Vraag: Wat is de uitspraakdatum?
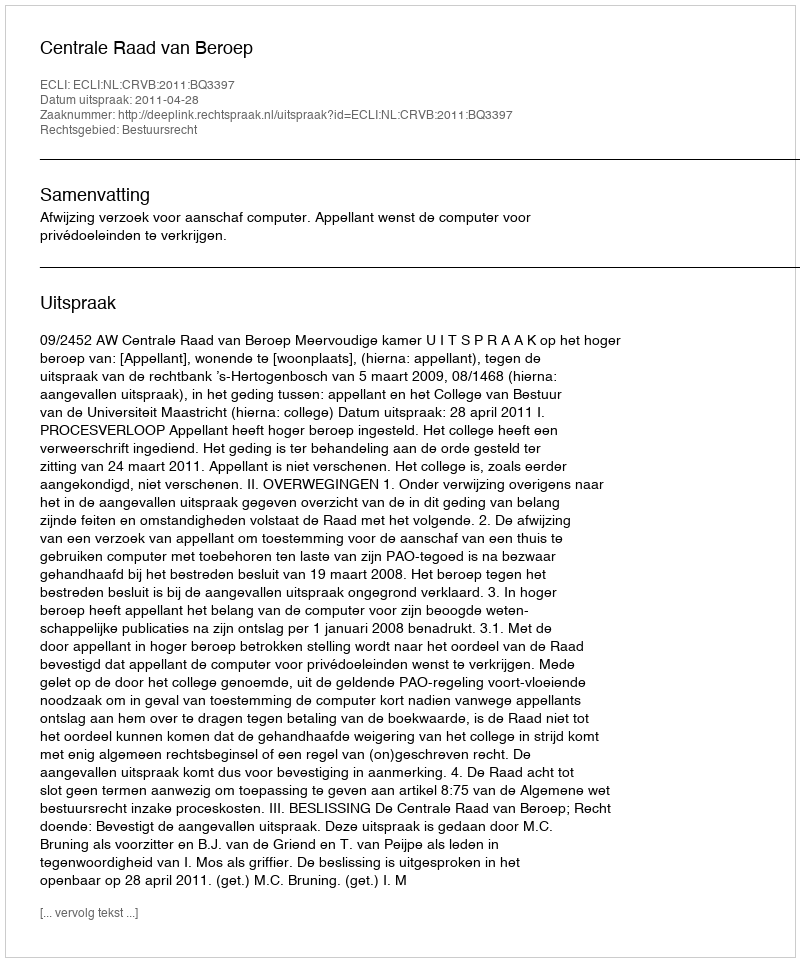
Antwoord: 2011-04-28